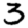
Digit: 3